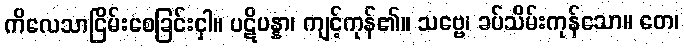
ကိလေသာငြိမ်းစေခြင်းငှါ။ ပဋိပန္နာ၊ ကျင့်ကုန်၏။ သဗ္ဗေ၊ ခပ်သိမ်းကုန်သော။ တေ၊